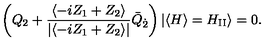
\left( Q _ { 2 } + \frac { \langle - i Z _ { 1 } + Z _ { 2 } \rangle } { | \langle - i Z _ { 1 } + Z _ { 2 } \rangle | } \bar { Q } _ { \dot { 2 } } \right) | \langle H \rangle = H _ { \mathrm { I I } } \rangle = 0 .